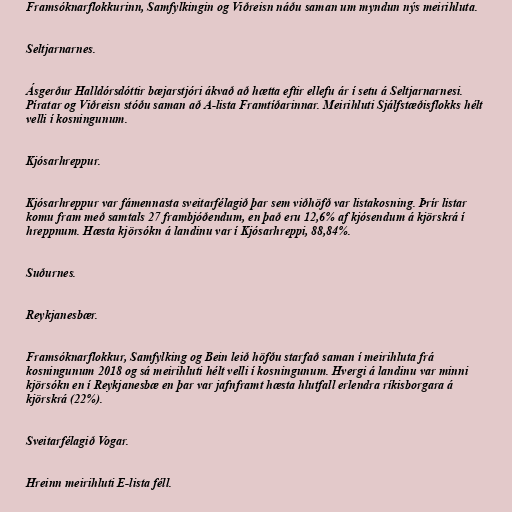
Framsóknarflokkurinn, Samfylkingin og Viðreisn náðu saman um myndun nýs meirihluta.

Seltjarnarnes.

Ásgerður Halldórsdóttir bæjarstjóri ákvað að hætta eftir ellefu ár í setu á Seltjarnarnesi.
Píratar og Viðreisn stóðu saman að A-lista Framtíðarinnar. Meirihluti Sjálfstæðisflokks hélt
velli í kosningunum.

Kjósarhreppur.

Kjósarhreppur var fámennasta sveitarfélagið þar sem viðhöfð var listakosning. Þrír listar
komu fram með samtals 27 frambjóðendum, en það eru 12,6% af kjósendum á kjörskrá í
hreppnum. Hæsta kjörsókn á landinu var í Kjósarhreppi, 88,84%.

Suðurnes.

Reykjanesbær.

Framsóknarflokkur, Samfylking og Bein leið höfðu starfað saman í meirihluta frá
kosningunum 2018 og sá meirihluti hélt velli í kosningunum. Hvergi á landinu var minni
kjörsókn en í Reykjanesbæ en þar var jafnframt hæsta hlutfall erlendra ríkisborgara á
kjörskrá (22%).

Sveitarfélagið Vogar.

Hreinn meirihluti E-lista féll.